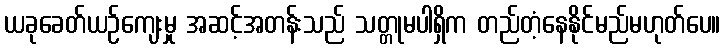
ယခုခေတ်ယဉ်ကျေးမှု အဆင့်အတန်းသည် သတ္တုမပါရှိက တည်တံ့နေနိုင်မည်မဟုတ်ပေ။